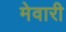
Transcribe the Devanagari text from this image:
मेवारी